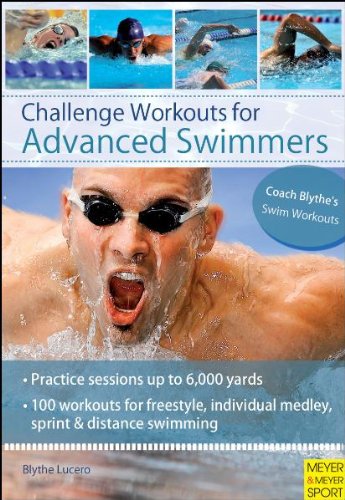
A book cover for Challenge Workouts for Advanced Swimmers; Blythe Lucero; Health, Fitness & Dieting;